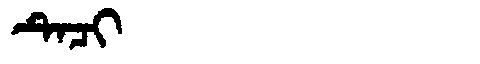
Manchu: ᡨᡝᠴᡳ
Romanization: TECI